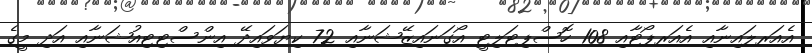
އެއަރލައިނާއި އެއަރޕޯޓާއި 108 ހޮސްޕިޓަލިޓީ އޯގަނައިޒޭޝަނާއި 72 ކިޔަވައިދޭ އިންސްޓިޓިއުޝަނާއި އަދި މީގެ